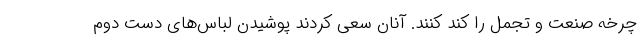
چرخه صنعت و تجمل را کند کنند. آنان سعی کردند پوشیدن لباس‌های دست دوم